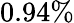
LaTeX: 0.94\%